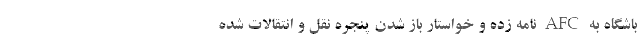
باشگاه به AFC نامه زده و خواستار باز شدن پنجره نقل و انتقالات شده